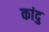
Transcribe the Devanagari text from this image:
कांदु